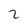
Character: 2